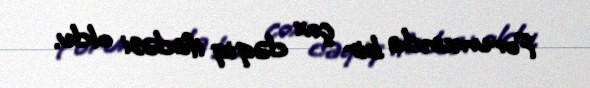
Forumunda bir çox dəqiq ifadəsi oldu.